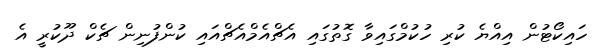
ހައިކޯޓުން އިއްޔެ ކުރި ހުކުމްގައިވާ ގޮތުގައި އެޗްއެމްއެޗްއައި ކުންފުނިން ޗެކް ދޫކުރީ އެ